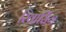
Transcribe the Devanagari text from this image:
रिवार्सिंग